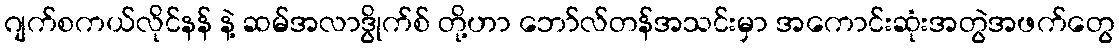
ဂျက်စကယ်လိုင်နန် နဲ့ ဆမ်အလာဒွိုက်စ် တို့ဟာ ဘော်လ်တန်အသင်းမှာ အကောင်းဆုံးအတွဲအဖက်တွေ